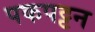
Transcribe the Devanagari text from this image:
पकपट्टन